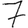
Digit: 7